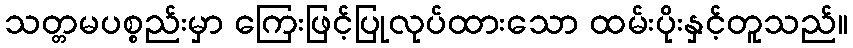
သတ္တမပစ္စည်းမှာ ကြေးဖြင့်ပြုလုပ်ထားသော ထမ်းပိုးနှင့်တူသည်။